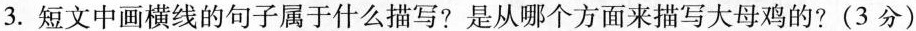
3.短文中画横线的句子属于什么描写?是从哪个方面来描写大母鸡的?(3分)